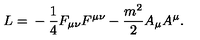
L = \mathrm { } - \frac { 1 } { 4 } F _ { \mu \nu } F ^ { \mu \nu } - \frac { m ^ { 2 } } { 2 } A _ { \mu } A ^ { \mu } .